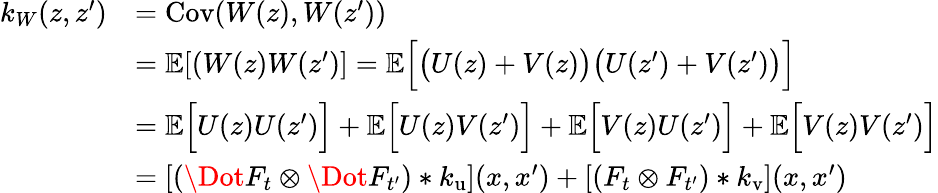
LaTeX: \begin{array}{rl}{k_{W}(z,z^{\prime})}&{=\mathrm{Cov}(W(z),W(z^{\prime}))}\\ &{=\mathbb{E}[(W(z)W(z^{\prime})]=\mathbb{E}\Big[\big(U(z)+V(z)\big)\big(U(z^{\prime})+V(z^{\prime})\big)\Big]}\\ &{=\mathbb{E}\Big[U(z)U(z^{\prime})\Big]+\mathbb{E}\Big[U(z)V(z^{\prime})\Big]+\mathbb{E}\Big[V(z)U(z^{\prime})\Big]+\mathbb{E}\Big[V(z)V(z^{\prime})\Big]}\\ &{=[(\Dot{F}_{t}\otimes\Dot{F}_{t^{\prime}})*k_{\mathrm{u}}](x,x^{\prime})+[(F_{t}\otimes F_{t^{\prime}})*k_{\mathrm{v}}](x,x^{\prime})}\end{array}